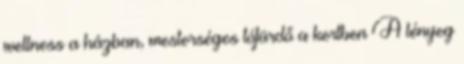
wellness a házban, mesterséges tófürdő a kertben A lényeg